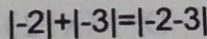
\vert - 2 \vert + \vert - 3 \vert = \vert - 2 - 3 \vert